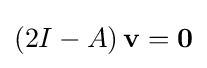
\left(2I-A\right)\mathbf {v} =\mathbf {0}